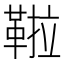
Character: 鞡